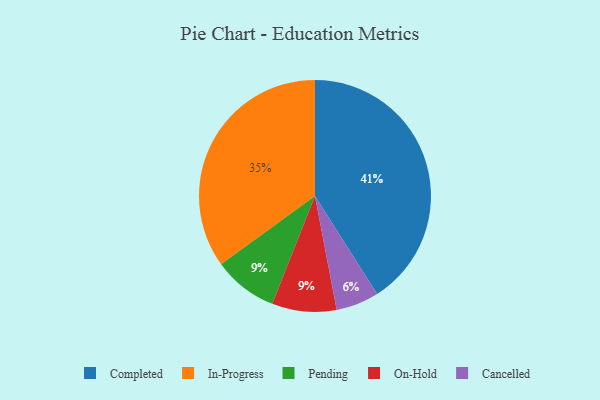
{"axis": {"x": "Category", "y": "Percentage"}, "legend": ["Cancelled", "Completed", "In-Progress", "On-Hold", "Pending"], "data": [{"x": "Pending", "y": 9, "type": "Pending"}, {"x": "On-Hold", "y": 9, "type": "On-Hold"}, {"x": "In-Progress", "y": 35, "type": "In-Progress"}, {"x": "Cancelled", "y": 6, "type": "Cancelled"}, {"x": "Completed", "y": 41, "type": "Completed"}]}